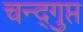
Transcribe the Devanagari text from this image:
चन्द्गुप्त